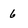
Character: 6